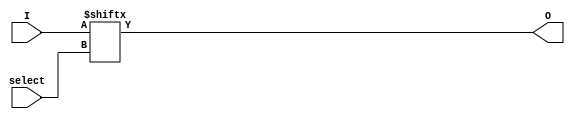
module mux1(select, I, O );

  input[1:0] select;
  input[3:0] I;
  output O;

  reg O;
  wire[1:0] select;
  wire[3:0] I;
  
  always @ (I or select)
  begin
    O = I[select];
  end

endmodule